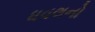
ધવલનો